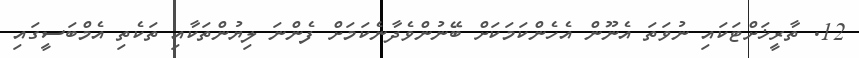
12. ތާރީޚަށްޓަކައި ނުވަތަ އެނޫން އެހެންކަމަކަށް ބޭނުންވެދާނެކަމަށް ފެންނަ ލިޔުންތަކާއި ތަކެތި އެމްބަސީގައި